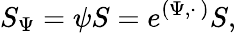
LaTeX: S_{\Psi}=\psi S=e^{(\Psi,\cdot\, )}S,